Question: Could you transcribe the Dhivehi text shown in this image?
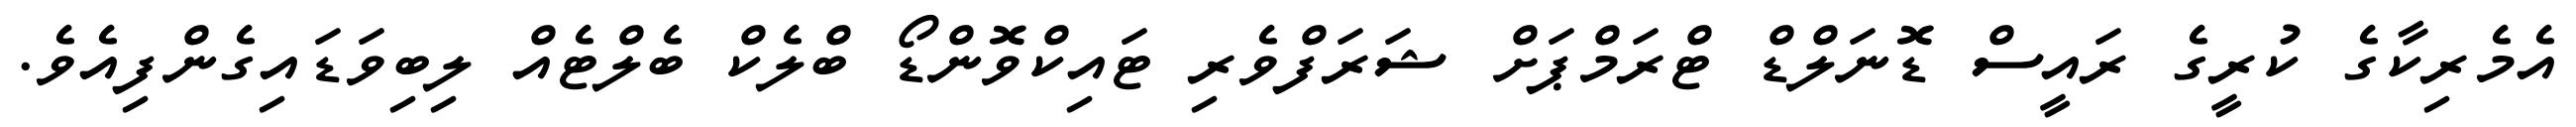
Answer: އެމެރިކާގެ ކުރީގެ ރައީސް ޑޮނަލްޑް ޓްރަމްޕަށް ޝަރަފްވެރި ޓައިކްވޮންޑޯ ބްލެކް ބެލްޓެއް ލިބިވަޑައިގެންފިއެވެ.